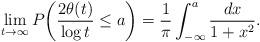
LaTeX: \begin{align*}\lim_{t \to \infty}P\bigg(\frac{2\theta(t)}{\log t}\le a \bigg)=\frac{1}{\pi}\int_{-\infty}^a\frac{dx}{1+x^2}. \end{align*}